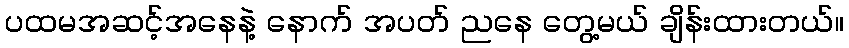
ပထမအဆင့်အနေနဲ့ နောက် အပတ် ညနေ တွေ့မယ် ချိန်းထားတယ်။